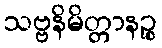
သဗ္ဗနိမိတ္တာနဉ္စ